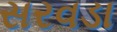
સરવડા